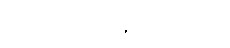
စာရွက်စာတမ်းများတွင်